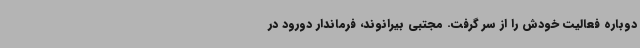
دوباره فعالیت خودش را از سر گرفت. مجتبی بیرانوند، فرماندار دورود در